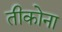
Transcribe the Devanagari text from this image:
तीकोना